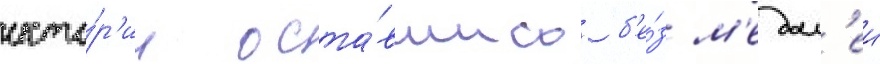
исто́р'ии оста́вшись б'е́з м'едал'еи